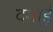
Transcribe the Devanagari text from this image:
दमाई